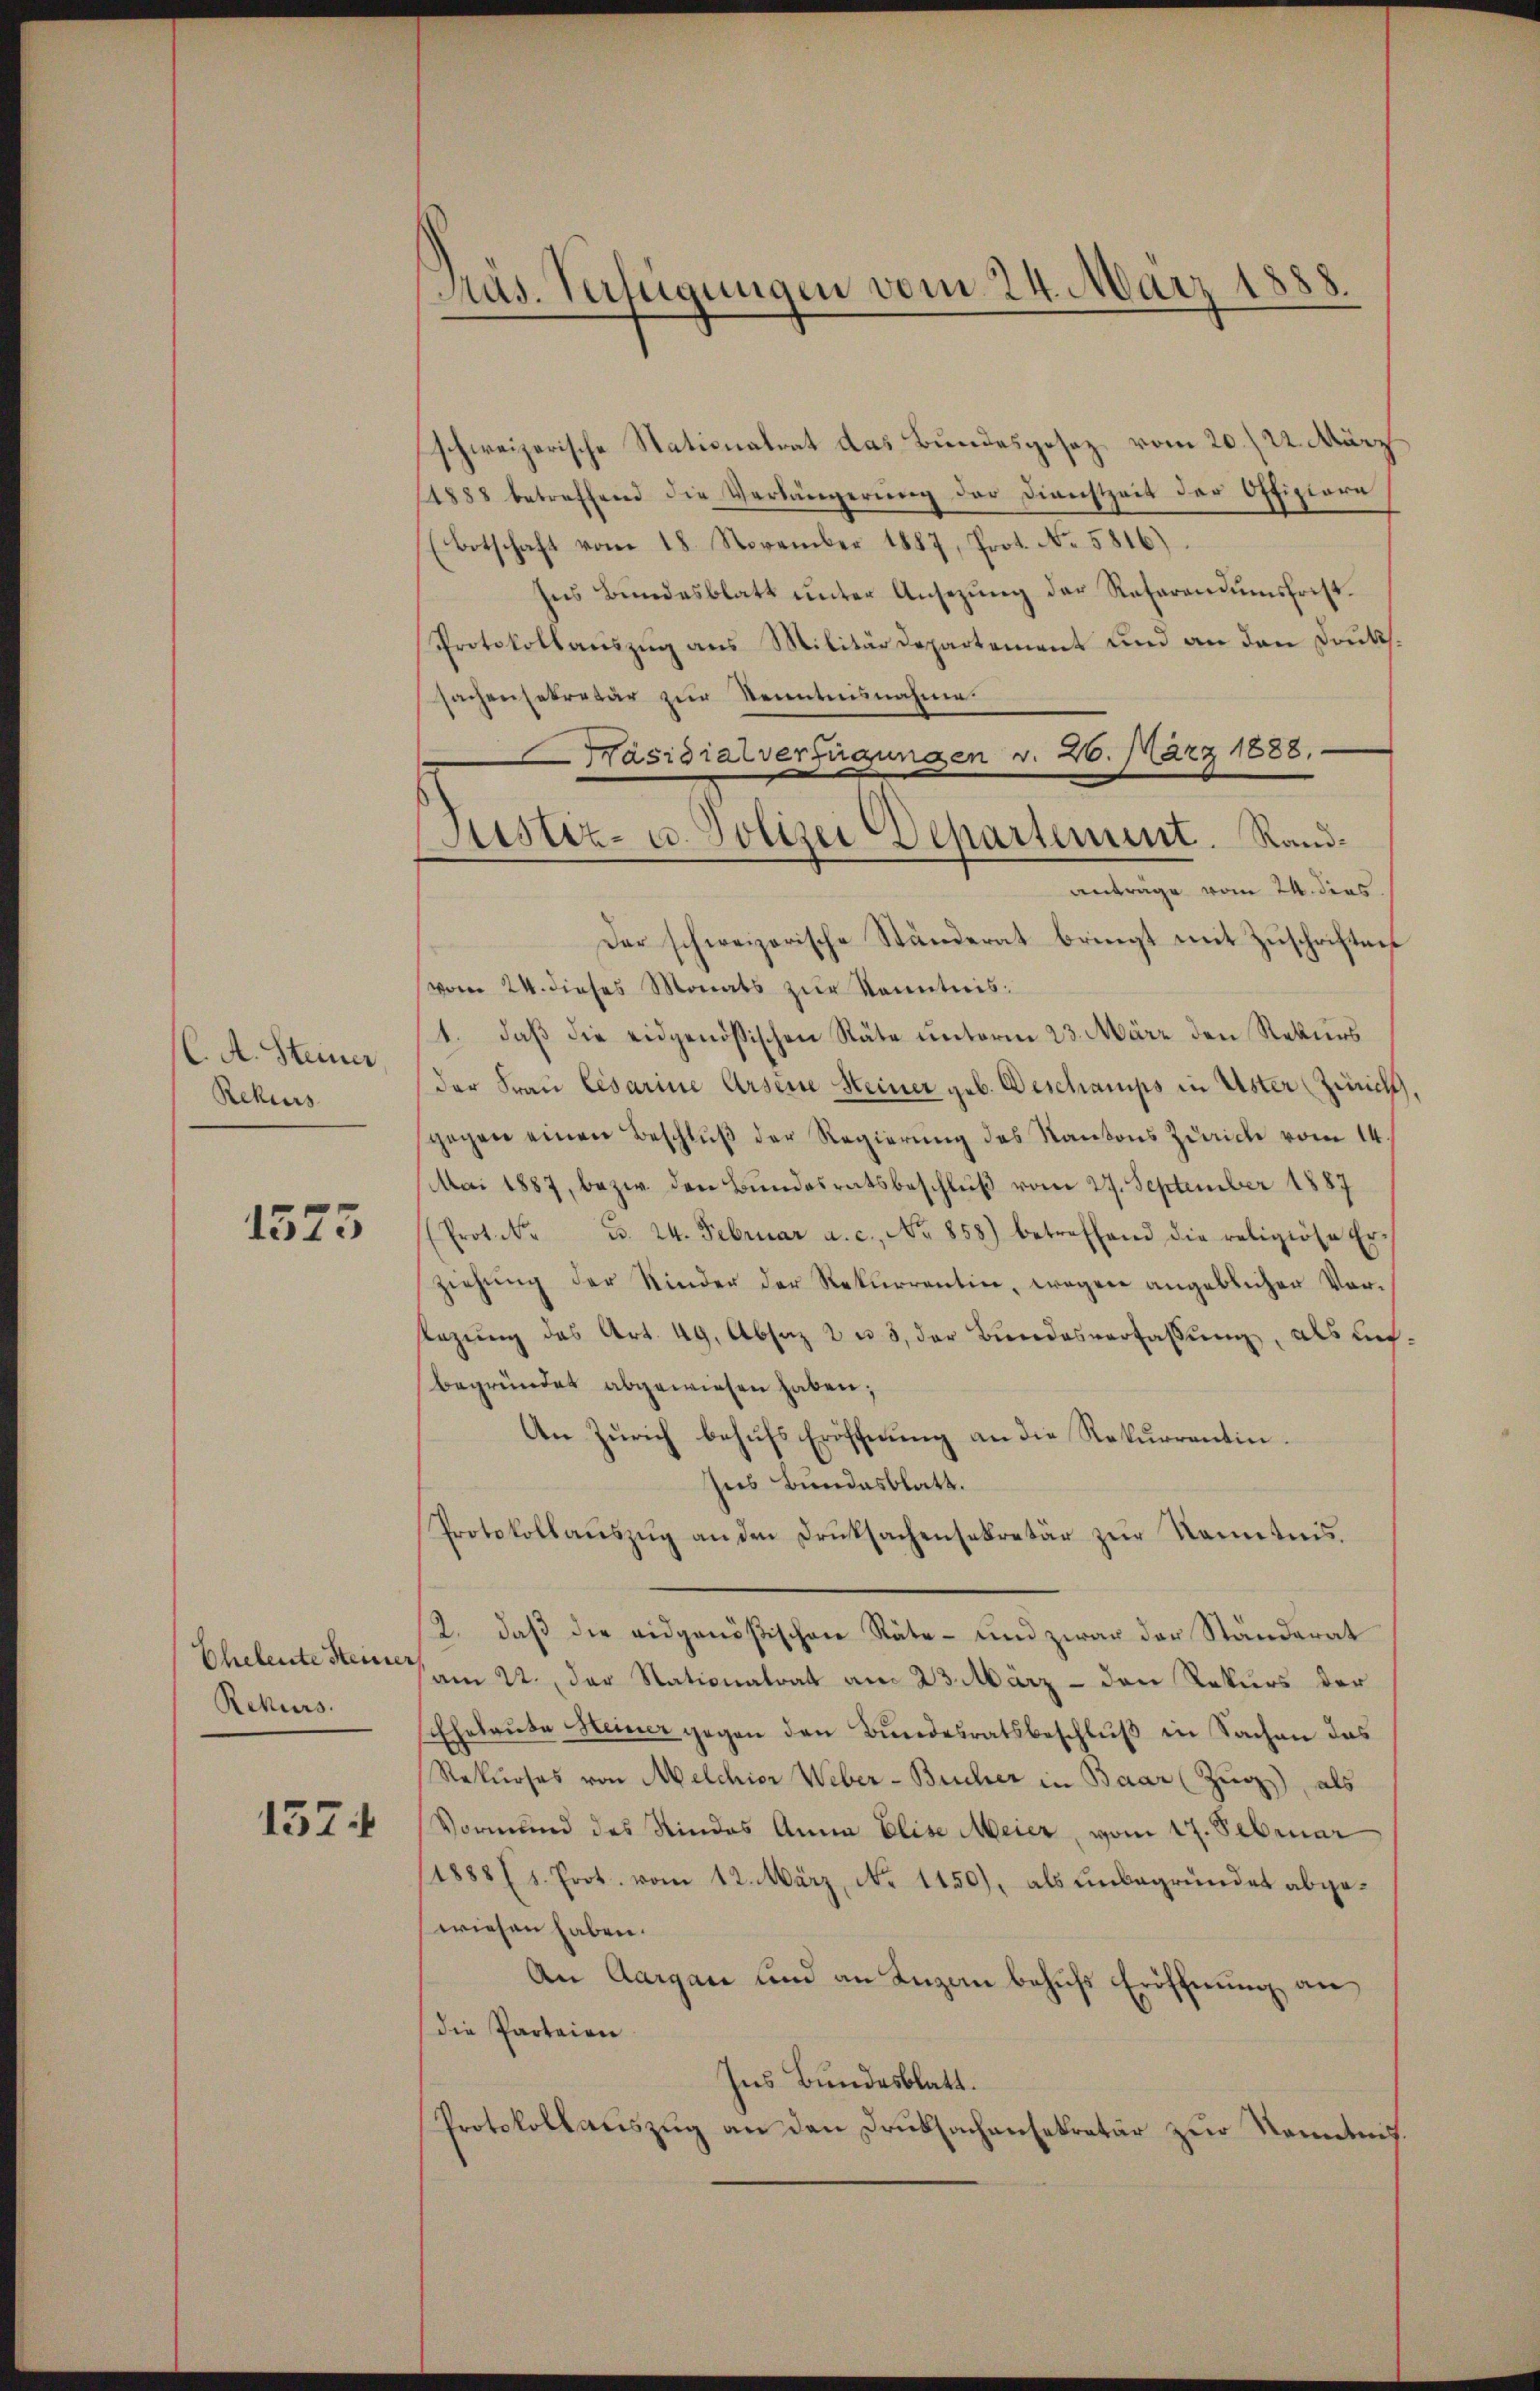
(. A. Steiner,
Rekurs

1575

Eheleute Steiner
Rekurs.

1574

schweizerische Stationalrat das Bundesgesez vom 20./22. März
1888 betreffend die Verlängerung der Dienstzeit der Offiziere
(Botschaft vom 18. November 1887, Prot. No. 5816)
Ins Bŭndesblatt ŭnter Ansezŭng der Referandŭmsfrist.
Protokollauszug aus Militärdepartement und an den Druks.
sachensekretär zur Kenntnisnahme.
Präsidialverfügungen v. 26. März 1888.
Justiz- u. Polizei Departement. Randanträge vom 24. dies
Der schweizerische Ständerat bringt mit Zuschriftnis
(vom 24. dieses Monats zur Kenntnis:
1. daß die eidgenössischen Räte unterm 23. März den Rekurs
der Frau Cesarine Arsenne Heiner geb. Beschamps in Uster (Züricht
gegen einen Beschlŭβ der Regierung des Kantons Zürich vom 14.
Mai 1887, bezw. den Bundesratsbeschluß vom 27. September 1887
Prot. N. B. 24. Februar a. c., No 858) betreffend die religiöse Er-
ziehŭng der Kinder der Rekurrentin, wegen angeblichen Vor¬
Rezung des Art. 49, Absaz 2 u. 3, der Bundesverfaßung, als unbegründet abgewiesen haben;
An Zürich behŭfs Eröffnung an die Rekurrentin.
Ins Bundesblatt.
Protokollaŭszŭg an den Druksachensekretär zŭr Kenntnis.
2. daβ die eidgenößischen Räte- und zwar der Ständerat
am 22. der Nationalrat am 23. März - den Rekurs der
schhalaŭte Meiner gegen den Bundesratsbeschlŭβ in Sachen das
Rekurses von Melchior Weber-Bucher in Baar (Zug), als
Vormund des Kindes Anna Elise Meier, vom 17. Februar
1888 (1. Prot. vom 12. März, No 1150), als unbegründet abgewiesen haben.
An Aargau und an Luzan behufs Eröffnung an
die Parteien
Ins Bundesblatt.
Protokollauszug an den Druksachensekretär zur Kenntnis.

Präs. Verfügungen vom 24. März 1888.